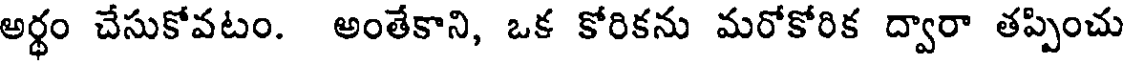
అర్ధం చేసుకోవటం. అంతేకాని, ఒక కోరికను మరోకోరిక ద్వారా తప్పించు